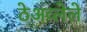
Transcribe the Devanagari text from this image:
ठेअव्लेले